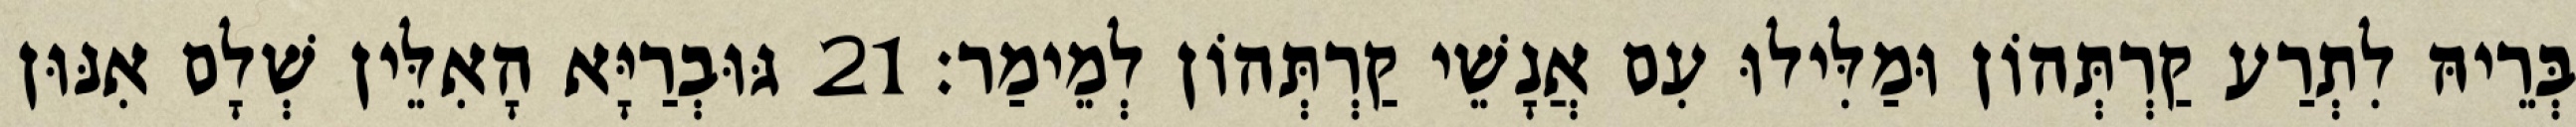
בְּרֵיהּ לִתְרַע קַרְתְּהוֹן וּמַלִּילוּ עִם אֲנָשֵׁי קַרְתְּהוֹן לְמֵימַר׃ 21 גּוּבְרַיָּא הָאִלֵּין שְׁלָם אִנּוּן